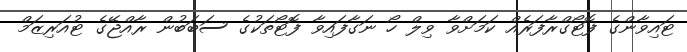
ޓައިވާންގެ ފޮޓޯގްރާފަރެއް ކަމަށްވާ ވިލް ހޯ ނަގާފައިވާ ފޮޓޯތަކުގެ ސަބަބުން ރާއްޖޭގެ ޓުއަރިޒަމް